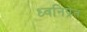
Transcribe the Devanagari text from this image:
ध्वनिप्रेत